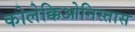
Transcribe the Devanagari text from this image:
कोलेक्किओनिस्तास